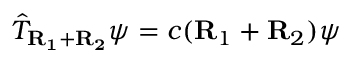
{ \hat { T } } _ { \mathbf { R _ { 1 } + R _ { 2 } } } \psi = c ( \mathbf { R } _ { 1 } + \mathbf { R } _ { 2 } ) \psi